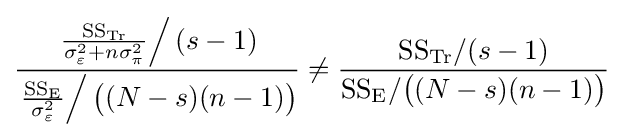
{\frac {\left.{\frac {{\text{SS}}_{\text{Tr}}}{\sigma _{\varepsilon }^{2}+n\sigma _{\pi }^{2}}}\right/(s-1)}{\left.{\frac {{\text{SS}}_{\text{E}}}{\sigma _{\varepsilon }^{2}}}\right/{\big (}(N-s)(n-1){\big )}}}\neq {\frac {{\text{SS}}_{\text{Tr}}/(s-1)}{{\text{SS}}_{\text{E}}/{\big (}(N-s)(n-1){\big )}}}